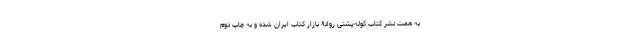
به همت نشر کتاب کوله‌پشتی روانۀ بازار کتاب ایران شده و به چاپ دوم